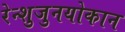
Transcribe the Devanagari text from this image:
रेन्शुजुनयोकान